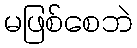
မဖြစ်စေဘဲ